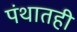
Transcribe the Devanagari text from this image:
पंथातही